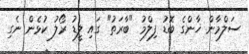
ސަލްމާން ޚާންގެ ބޮޑު ފިލްމު "ބާރަތު" ގައި ލީޑު ރޯލު ކުޅެން ނެގި